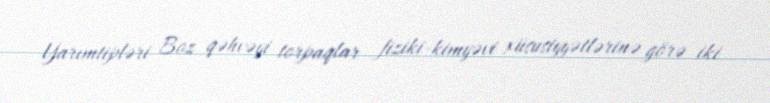
Yarımtipləri Boz qəhvəyi torpaqlar fiziki-kimyəvi xüsusiyyətlərinə görə iki